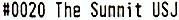
#0020 THE SUNNIT USJ